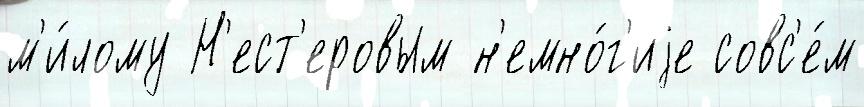
м'и́лому Н'ест'еровым н'емно́г'иjе совс'е́м